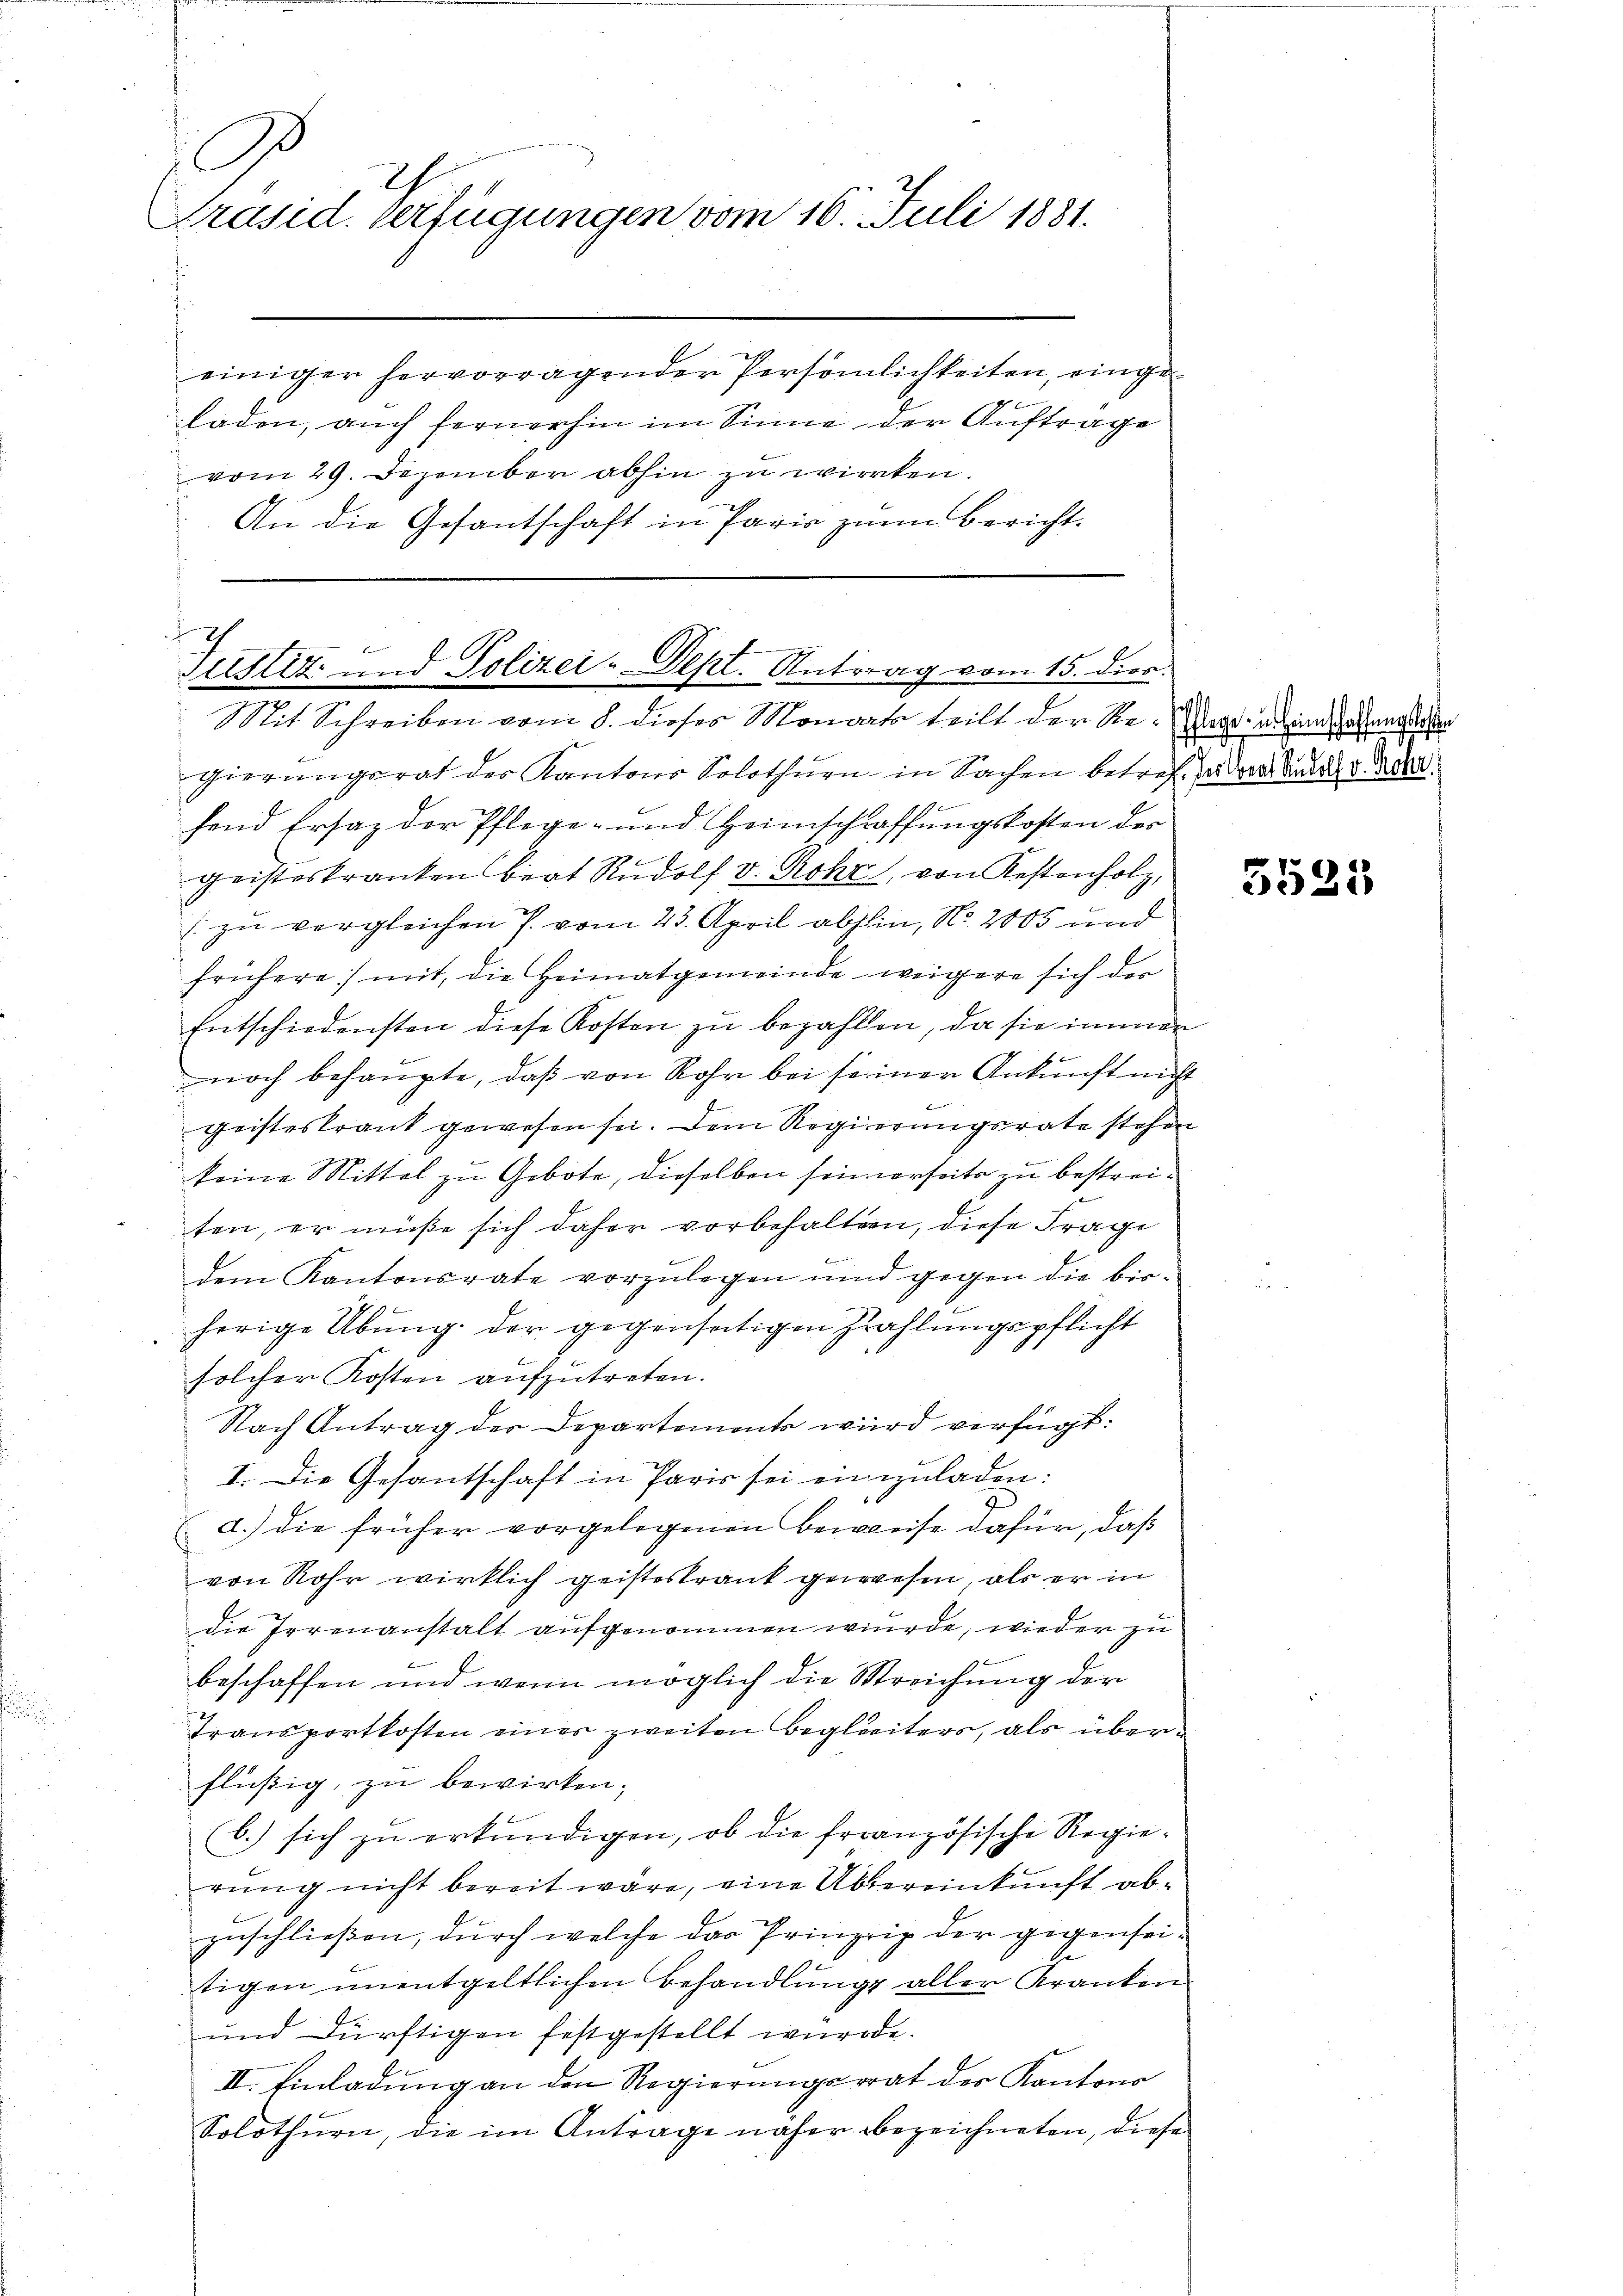
3
h
Präsid. Verfügungen vom 16. Juli 1881.

einiger hervorragender Persönlichkeiten, eingeladen, auch fernerhin im Sinne der Auftrage
vom 29. Dezember abhin zu wirken.
An die Gesantschaft in Paris zum Bericht.

Tullit und Polizei-Dept. Antrag vom 15. diec.
Mit Schreiben vom 8. dieses Monat teilt der Re-ag, als in Gesungsraten

gierungsrat des Kantons Solothurn in Sachen betreffen und der
fend Ersatz der Pflege- und Heimschraffungskosten der
geisteskranken beat Rudolf v. Rohr, von Kostenholz,
[zu vergleichen P. vom 23. April abhin, No. 2005 und
frühere mit, die Heimatgemeinde weigere sich der
Entschiedensten diese Kosten zu bezahlten, da sie immer
noch behaupte, daß von Rohr bei seiner Ankunft nicht
geisteskrank gewesen sei. Dem Regierungsrate stehen
keine Mittel zu Gebote, dieselben seinerseits zu bestreiten, er müße sich daher vorbehalten, diese Frage
dem Kantonsrate vorzulegen und gegen die bisherige Übung der gegensätigen Zahlungspflicht
solcher Kosten aufzutreten.
Nach Antrag der Departements wird verfügt:
I. Die Gesantschaft in Paris sei einzuladen:
d.) die früher vorgelegenen Beweise dafür, daß
von Rohr wirklich geisteskrank gewesen, als er in
die Irrenanstalt aufgenommen wurde, wieder zu
beschaffen und wenn möglich die Streichung der
Transportkosten einer zweiten Begleiters, als überflüßig, zu bewirken;
(b. sich zu erkundigen, ob die französische Regierung nicht bereit wäre, eine Übereinkunft abzuschließen, durch welche das Prinzip der gegenseitigen unentgeltlichen Behandlung aller Kranken
und dürftigen festgestellt würde.
II. Einladung an den Regierungsrat des Kantons
Solothurn, die im Antrage näher bezeichneten, diese

5521